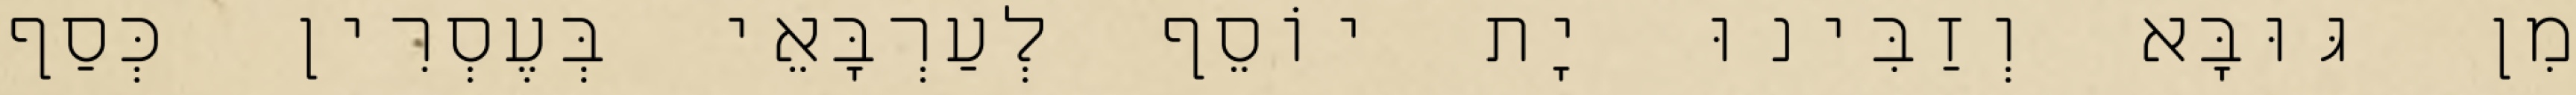
מִן גּוּבָּא וְזַבִּינוּ יָת יוֹסֵף לְעַרְבָּאֵי בְּעֶסְרִין כְּסַף